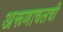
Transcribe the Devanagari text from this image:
अरूणाचलची